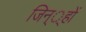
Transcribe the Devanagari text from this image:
जिन््हों